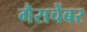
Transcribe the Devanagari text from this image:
गैसचेंबर